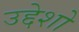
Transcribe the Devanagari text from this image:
उद्देशो